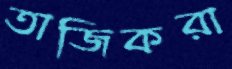
তাজিকরা